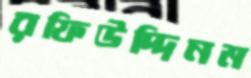
রফিউদ্দিনম